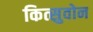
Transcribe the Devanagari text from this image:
कित्सुवोन